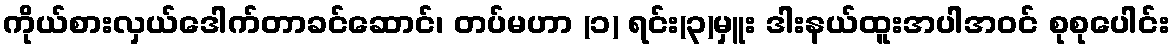
ကိုယ်စားလှယ်ဒေါက်တာခင်ဆောင်၊ တပ်မဟာ (၁) ရင်း(၃)မှူး ဒါးနယ်ထူးအပါအဝင် စုစုပေါင်း